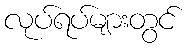
လုပ်ရပ်များတွင်